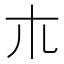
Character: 𣎳